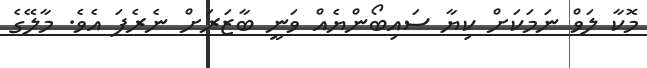
މޮކާ ލަވް ނަމަކަށް ކިޔާ ސައިބޯންޔެއް ވަނީ ބާޒަރަށް ނެރެފަ އެވެ. މާލޭގެ